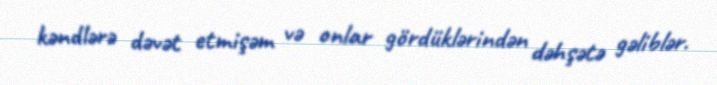
kəndlərə dəvət etmişəm və onlar gördüklərindən dəhşətə gəliblər.